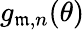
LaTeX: g_{\mathfrak{m},n}(\theta)